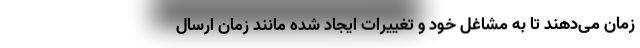
زمان می‌دهند تا به مشاغل خود و تغییرات ایجاد شده مانند زمان ارسال